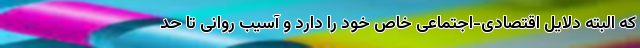
که البته دلایل اقتصادی-اجتماعی خاص خود را دارد و آسیب روانی تا حد